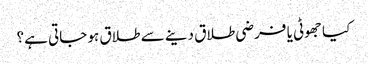
کیا جھوٹی یا فرضی طلاق دینے سے طلاق ہو جاتی ہے؟